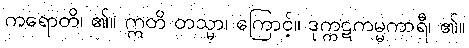
ကရောတိ၊ ၏။ ဣတိ တသ္မာ၊ ကြောင့်။ ဒုက္ကဋကမ္မကာရီ၊ ၏။